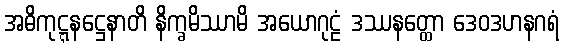
အဓိကုဋ္ဋနဋ္ဌေနာတိ နိက္ခမိဿာမိ အယောဂုဠံ ဒဿနတ္ထော ဒေဝဒဟနဂရံ